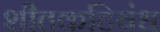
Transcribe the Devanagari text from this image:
शीतकटिबंध